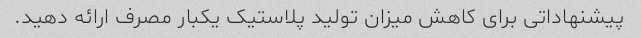
پیشنهاداتی برای کاهش میزان تولید پلاستیک یکبار مصرف ارائه دهید.